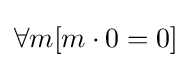
\forall m[m\cdot 0=0]